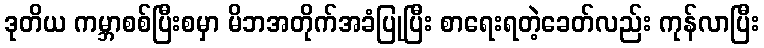
ဒုတိယ ကမ္ဘာစစ်ပြီးစမှာ မိဘအတိုက်အခံပြုပြီး စာရေးရတဲ့ခေတ်လည်း ကုန်လာပြီး